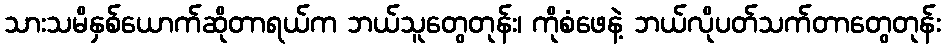
သားသမိနှစ်ယောက်ဆိုတာရယ်က ဘယ်သူတွေတုန်း၊ ကိုစံဖေနဲ့ ဘယ်လိုပတ်သက်တာတွေတုန်း